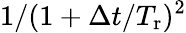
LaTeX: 1/(1+\Delta t/T_{\mathrm{r}})^{2}